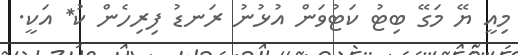
މިއީ ޔޭ މަގޭ ބިޓު ކަޓުވަން އުޅުނު ރަނޑު ފިރިހެން ކު* އަކީ.